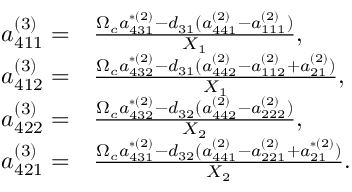
\begin{array} { r l } { a _ { 4 1 1 } ^ { ( 3 ) } = } & { \frac { \Omega _ { c } a _ { 4 3 1 } ^ { \ast ( 2 ) } - d _ { 3 1 } ( a _ { 4 4 1 } ^ { ( 2 ) } - a _ { 1 1 1 } ^ { ( 2 ) } ) } { X _ { 1 } } , } \\ { a _ { 4 1 2 } ^ { ( 3 ) } = } & { \frac { \Omega _ { c } a _ { 4 3 2 } ^ { \ast ( 2 ) } - d _ { 3 1 } ( a _ { 4 4 2 } ^ { ( 2 ) } - a _ { 1 1 2 } ^ { ( 2 ) } + a _ { 2 1 } ^ { ( 2 ) } ) } { X _ { 1 } } , } \\ { a _ { 4 2 2 } ^ { ( 3 ) } = } & { \frac { \Omega _ { c } a _ { 4 3 2 } ^ { \ast ( 2 ) } - d _ { 3 2 } ( a _ { 4 4 2 } ^ { ( 2 ) } - a _ { 2 2 2 } ^ { ( 2 ) } ) } { X _ { 2 } } , } \\ { a _ { 4 2 1 } ^ { ( 3 ) } = } & { \frac { \Omega _ { c } a _ { 4 3 1 } ^ { \ast ( 2 ) } - d _ { 3 2 } ( a _ { 4 4 1 } ^ { ( 2 ) } - a _ { 2 2 1 } ^ { ( 2 ) } + a _ { 2 1 } ^ { \ast ( 2 ) } ) } { X _ { 2 } } . } \end{array}